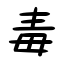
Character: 毒